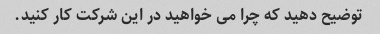
توضیح دهید که چرا می خواهید در این شرکت کار کنید.